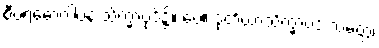
စီဝရဓောဝါပန သိက္ခာပုဒ်၌။ ပေ။ ဒုတိယာသိက္ခာပဒံ သမတ္တံ၊